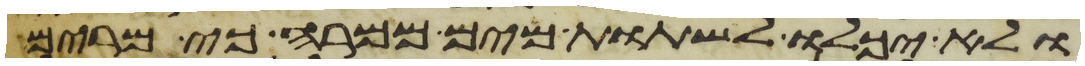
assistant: ולא יכלו לשתות מים ממרה כי מרים